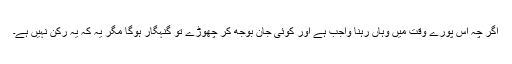
اگر چہ اس پورے وقت میں وہاں رہنا واجب ہے اور کوئی جان بوجھ کر چھوڑے تو گنہگار ہوگا مگر یہ کہ یہ رکن نہیں ہے۔